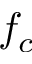
f _ { c }